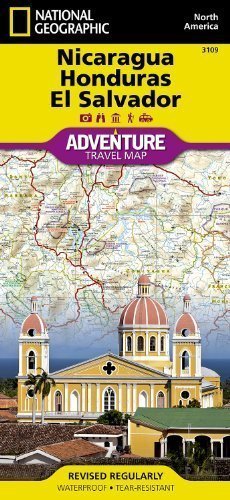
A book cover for Nicaragua, Honduras, El Salvador Adventure Map by National Geographic Maps (Mar 1 2011); Travel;